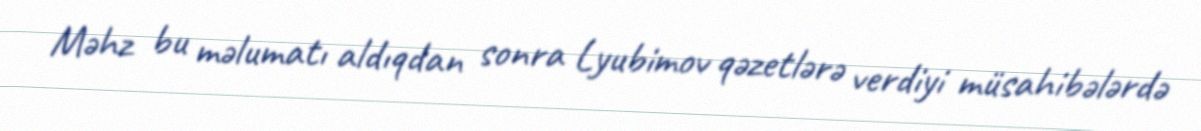
Məhz bu məlumatı aldıqdan sonra Lyubimov qəzetlərə verdiyi müsahibələrdə